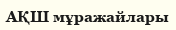
АҚШ мұражайлары